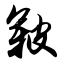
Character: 皲